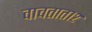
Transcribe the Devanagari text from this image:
वाचतात१२